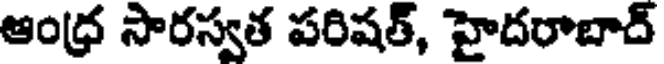
ఆంధ్ర సారస్వత పరిషత్, హైదరాబాద్